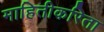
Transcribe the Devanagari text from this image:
माहितीकरिता